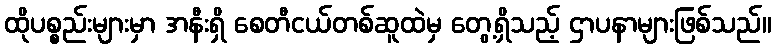
ထိုပစ္စည်းများမှာ အနီးရှိ စေတီငယ်တစ်ဆူထဲမှ တွေ့ရှိသည့် ဌာပနာများဖြစ်သည်။